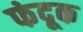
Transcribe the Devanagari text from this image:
फंदूक